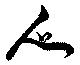
人